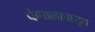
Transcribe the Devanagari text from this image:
कंपालापासून